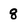
Character: 8